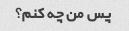
پس من چه کنم؟